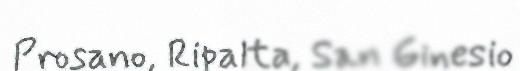
Prosano, Ripalta, San Ginesio